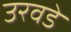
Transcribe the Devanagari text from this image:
उरवडे